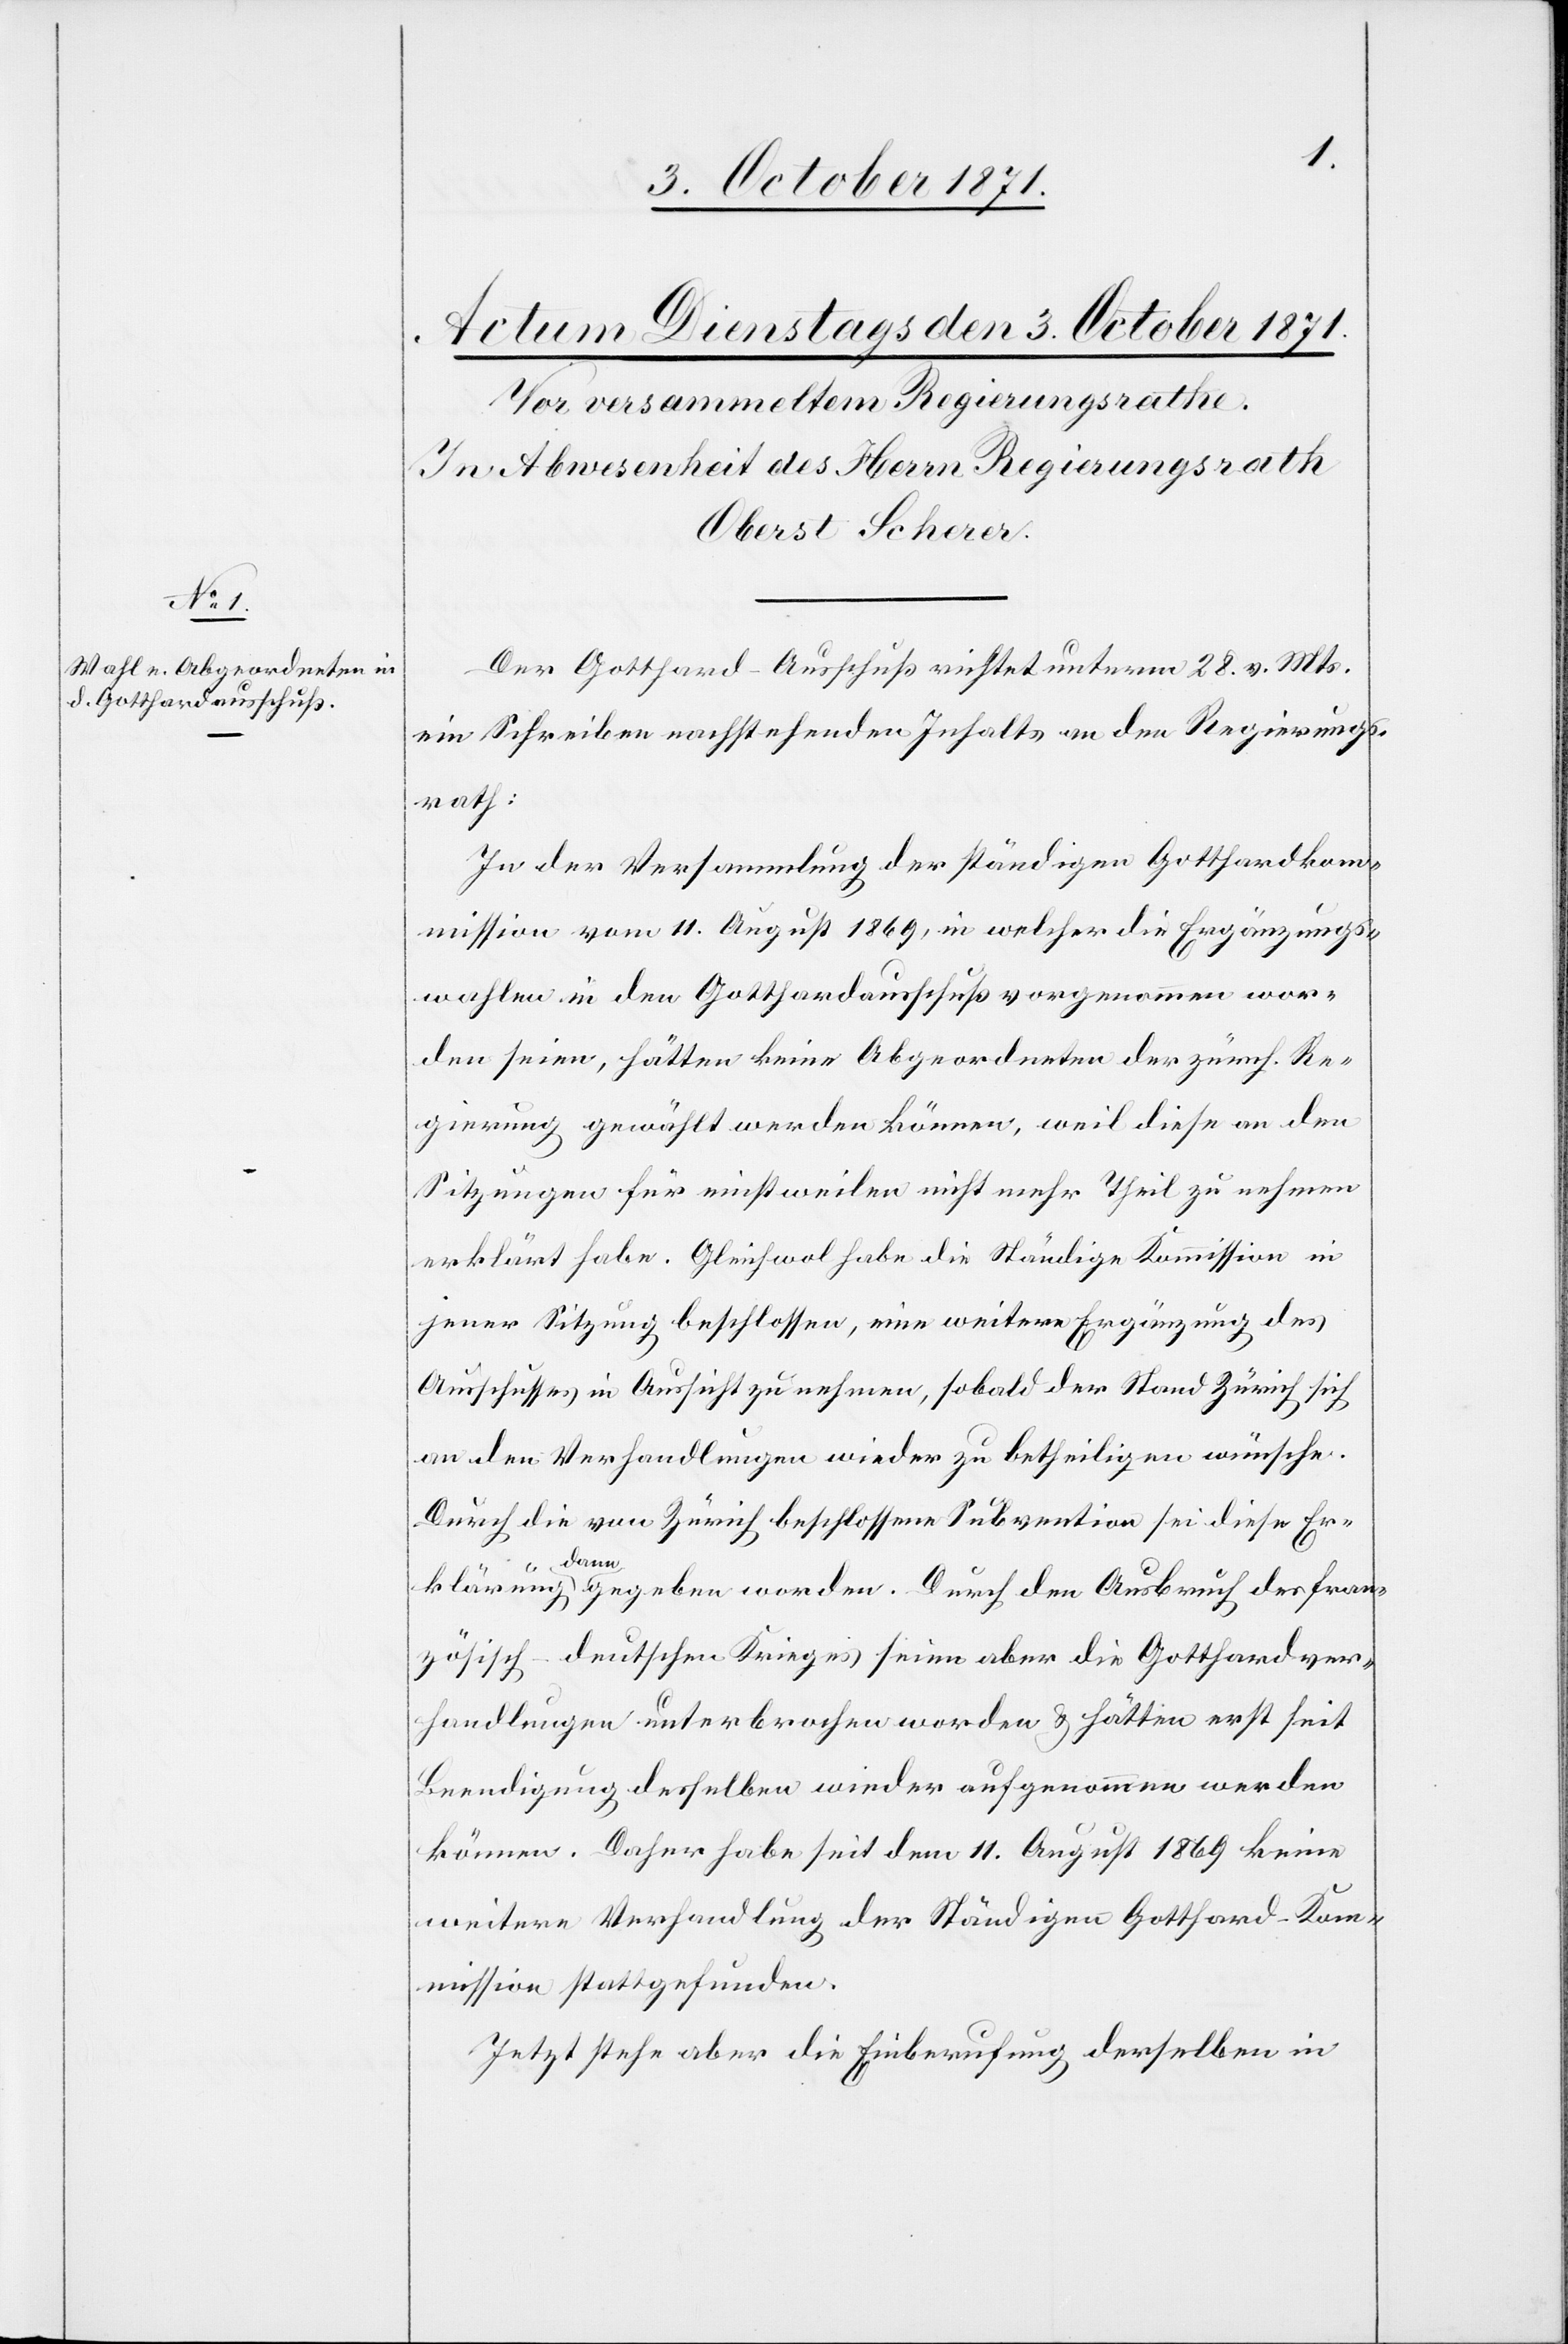
Der Gotthard-Ausschuß richtet unterm 28. v. Mts.
ein Schreiben nachstehenden Inhalts an den Regierungs¬
rath:
In der Versammlung der ständigen Gotthardkom¬
mission vom 11. August 1869, in welcher die Ergänzungs¬
wahlen in den Gotthardausschuß vorgenommen wor¬
den seien, hätten keine Abgeordneten der zürch. Re¬
gierung gewählt werden können, weil diese an den
Sitzungen für einstweilen nicht mehr Theil zu nehmen
erklärt habe. Gleichwol habe die ständige Kommission in
jener Sitzung beschlossen, eine weitere Ergänzung des
Ausschusses in Aussicht zu nehmen, sobald der Stand Zürich sich
an den Verhandlungen wieder zu betheiligen wünsche.
Durch die von Zürich beschlossene Subvention sei diese Er¬
klärung dann gegeben worden. Durch den Ausbruch des fran¬
zösisch-deutschen Krieges seien aber die Gotthardver¬
handlungen unterbrochen worden & hätten erst seit
Beendigung desselben wieder aufgenommen werden
können. Daher habe seit dem 11. August 1869 keine
weitere Verhandlung der ständigen Gotthard-Ko¬
mmission stattgefunden.
Jetzt stehe aber die Einberufung derselben in